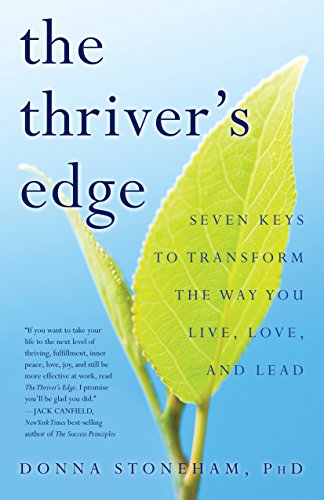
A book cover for The Thriver's Edge: Seven Keys to Transform the Way You Live, Love, and Lead; Donna Stoneham; Self-Help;